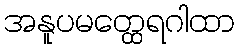
အနူပမတ္ထေရဂါထာ